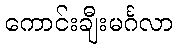
ကောင်းချီးမင်္ဂလာ